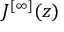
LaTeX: J ^ { [ \infty ] } ( z )